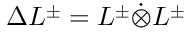
\Delta L ^ { \pm } = L ^ { \pm } \dot { \otimes } L ^ { \pm }